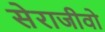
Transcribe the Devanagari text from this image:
सेराजीवो